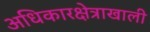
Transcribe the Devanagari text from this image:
अधिकारक्षेत्राखाली